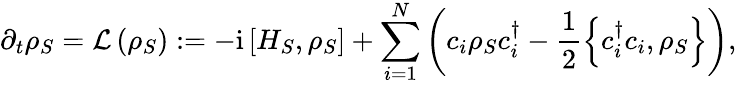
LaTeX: \partial_{t}\rho_{S}=\mathcal{L}\left(\rho_{S}\right):=-\mathrm{i}\left[H_{S},\rho_{S}\right]+\sum_{i=1}^{N}\left(c_{i}\rho_{S}c_{i}^{\dagger}-\frac{1}{2}\left\{ c_{i}^{\dagger}c_{i},\rho_{S}\right\} \right),